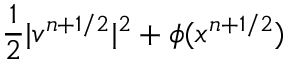
\frac 1 2 | v ^ { n + 1 / 2 } | ^ { 2 } + \phi ( x ^ { n + 1 / 2 } )